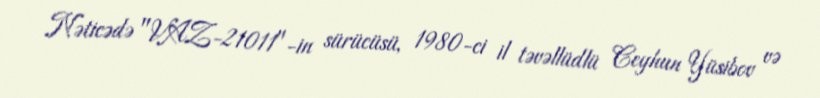
Nəticədə "VAZ-21011"-in sürücüsü, 1980-ci il təvəllüdlü Ceyhun Yüsibov və